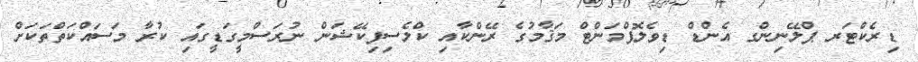
ޑިރެކްޓަރ ޕްލޭނިންގ އެންޑް ޑިވެލޮޕްމަންޓް މަޤާމުގެ ރޭންކާއި ކްލެސިފިކޭޝަން ނުރަސްމީގަޑީގައި ކުރާ މަސައްކަތްތަކަށް